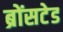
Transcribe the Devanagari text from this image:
ब्रोंसटेड